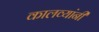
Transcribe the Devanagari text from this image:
कालव्यांनी